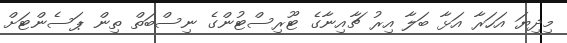
މިދިޔަ އަހަރާ އަޅާ ބަލާ އިރު ޗާއިނާގެ ޓޫރިސްޓުންގެ ނިސްބަތް ތިން ޕަސެންޓަށް